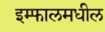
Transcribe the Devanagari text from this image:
इम्फालमधील